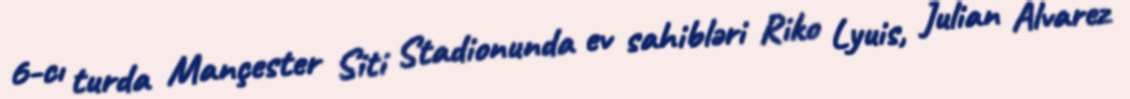
6-cı turda Mançester Siti Stadionunda ev sahibləri Riko Lyuis, Julian Alvarez